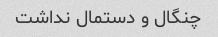
چنگال و دستمال نداشت